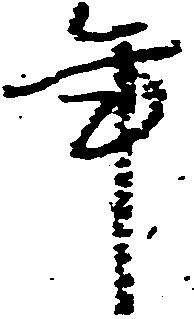
年